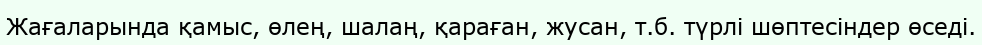
Жағаларында қамыс, өлең, шалаң, қараған, жусан, т.б. түрлі шөптесіндер өседі.